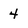
Character: 4